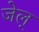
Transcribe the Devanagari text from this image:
जेल्